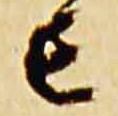
亡